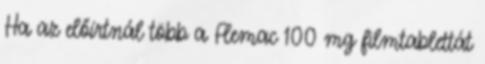
Ha az előírtnál több a Flemac 100 mg filmtablettát